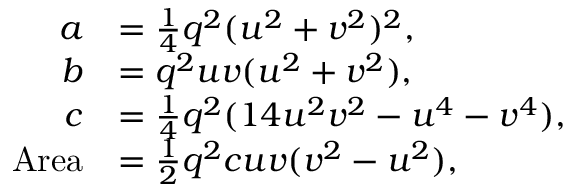
{ \begin{array} { r l } { a } & { = { \frac { 1 } { 4 } } q ^ { 2 } ( u ^ { 2 } + v ^ { 2 } ) ^ { 2 } , } \\ { b } & { = q ^ { 2 } u v ( u ^ { 2 } + v ^ { 2 } ) , } \\ { c } & { = { \frac { 1 } { 4 } } q ^ { 2 } ( 1 4 u ^ { 2 } v ^ { 2 } - u ^ { 4 } - v ^ { 4 } ) , } \\ { { \mathrm { A r e a } } } & { = { \frac { 1 } { 2 } } q ^ { 2 } c u v ( v ^ { 2 } - u ^ { 2 } ) , } \end{array} }